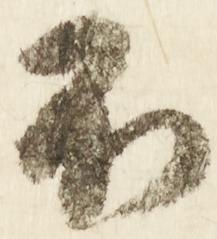
不